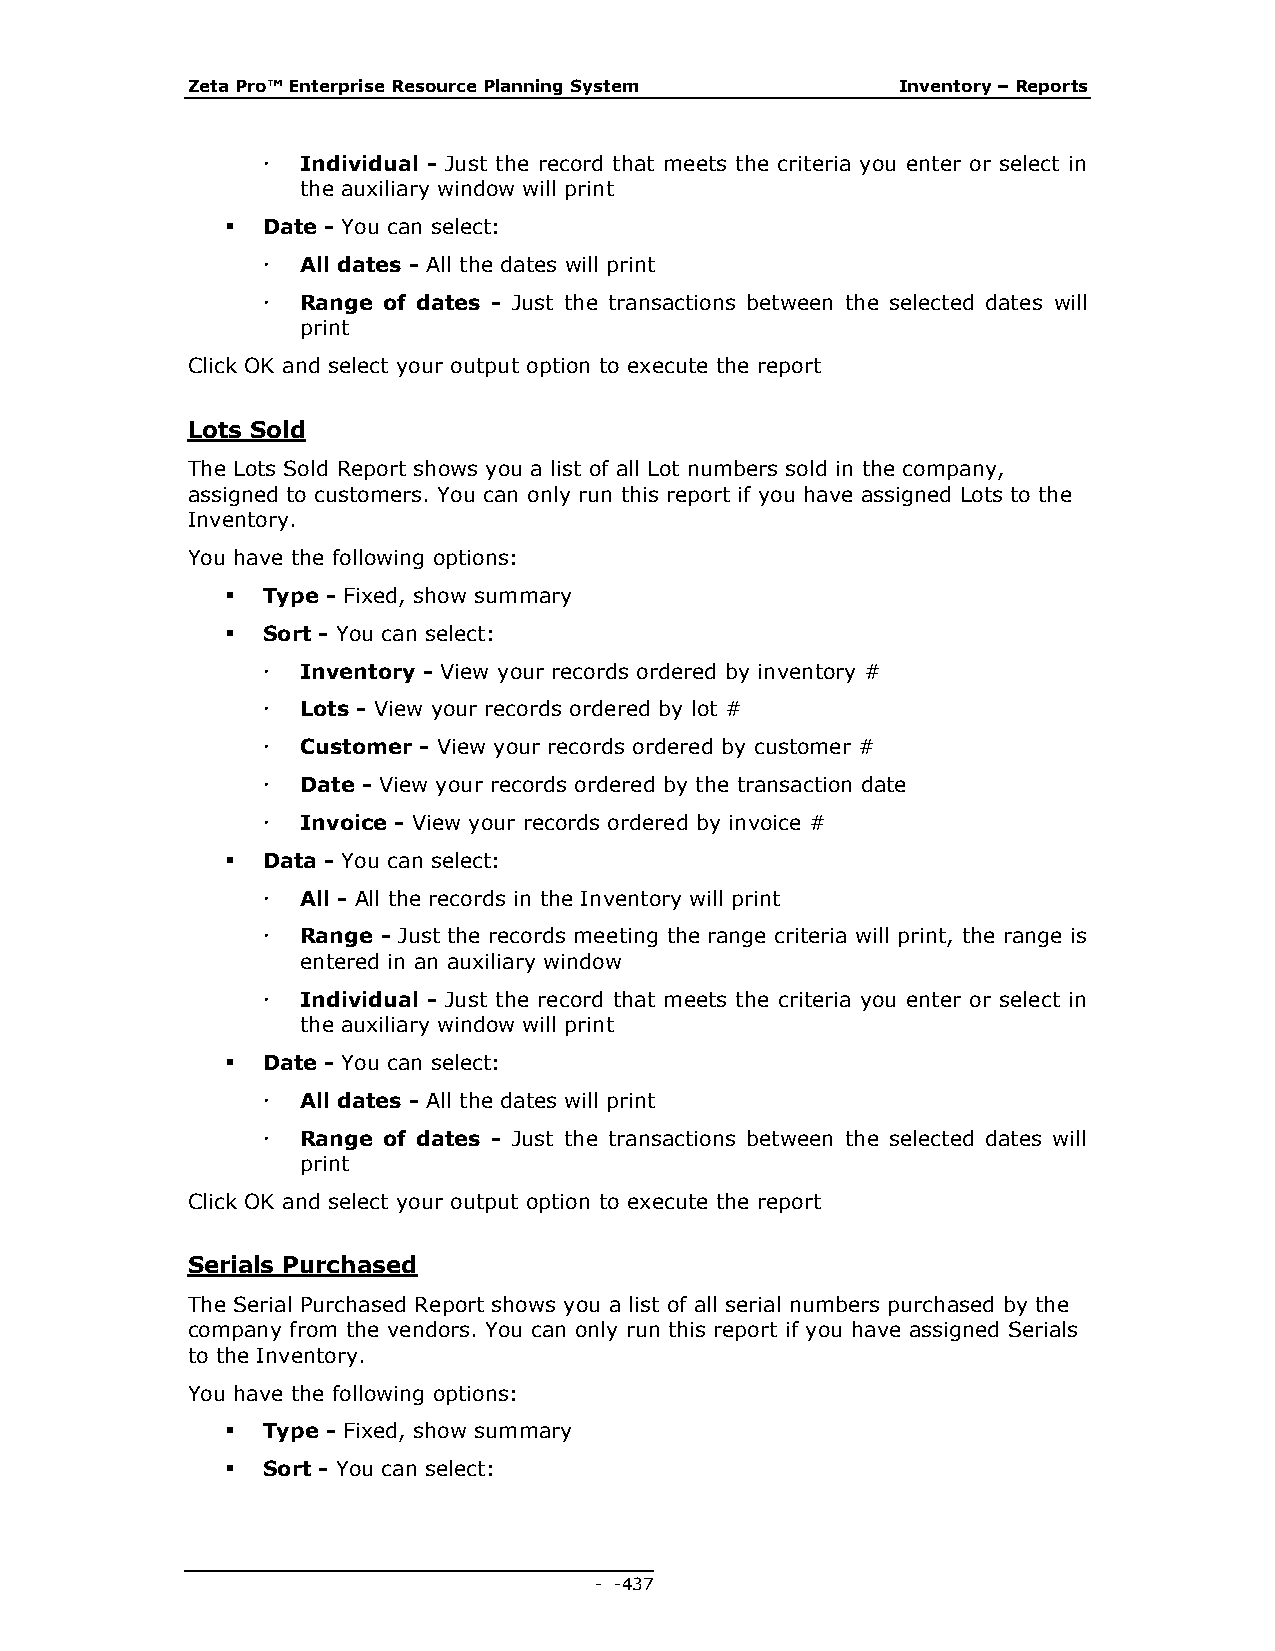
Zeta Pro™ Enterprise Resource Planning System   Inventory – Reports
   Individual - Just the record that meets the criteria you enter or select in
 the auxiliary window will print
  Date - You can select:
   All dates - All the dates will print
   Range of dates - Just the transactions between the selected dates will
 print
 Click OK and select your output option to execute the report
 Lots Sold
 The Lots Sold Report shows you a list of all Lot numbers sold in the company,
 assigned to customers. You can only run this report if you have assigned Lots to the
 Inventory.
 You have the following options:
  Type - Fixed, show summary
  Sort - You can select:
   Inventory - View your records ordered by inventory #
   Lots - View your records ordered by lot #
   Customer - View your records ordered by customer #
   Date - View your records ordered by the transaction date
   Invoice - View your records ordered by invoice #
  Data - You can select:
   All - All the records in the Inventory will print
   Range - Just the records meeting the range criteria will print, the range is
 entered in an auxiliary window
   Individual - Just the record that meets the criteria you enter or select in
 the auxiliary window will print
  Date - You can select:
   All dates - All the dates will print
   Range of dates - Just the transactions between the selected dates will
 print
 Click OK and select your output option to execute the report
 Serials Purchased
 The Serial Purchased Report shows you a list of all serial numbers purchased by the
 company from the vendors. You can only run this report if you have assigned Serials
 to the Inventory.
 You have the following options:
  Type - Fixed, show summary
  Sort - You can select:
 - - 437